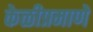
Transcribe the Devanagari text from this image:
केळीप्रमाणे